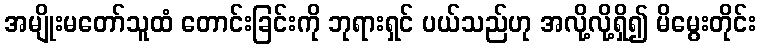
အမျိုးမတော်သူထံ တောင်းခြင်းကို ဘုရားရှင် ပယ်သည်ဟု အလို့လို့ရှိ၍ မိမွေးတိုင်း